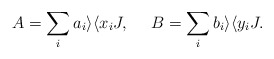
\begin{align*}A= \sum_i a_i\rangle \langle x_iJ,\ \ \ \ B=\sum_i b_i\rangle\langle y_iJ.\end{align*}